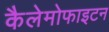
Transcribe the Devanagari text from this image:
कैलेमोफाइटन